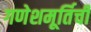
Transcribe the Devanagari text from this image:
गणेशमूर्तिची